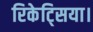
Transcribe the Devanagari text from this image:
रिकेट्सिया।